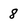
Character: 8